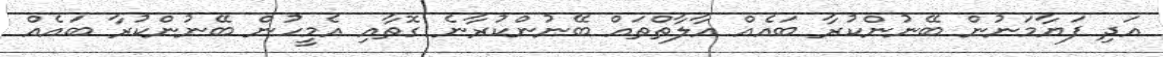
އަދި ފަޔާމަނުން ބޭނުންކުރާ ބައެއް އާލާތްތައް ބޭނުންކުރާނެ ގޮތާއި އެމީހުން ބޭނުންކުރާ ބައެއް